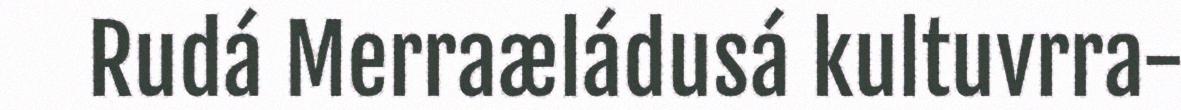
Rudá Merraæládusá kultuvrra-